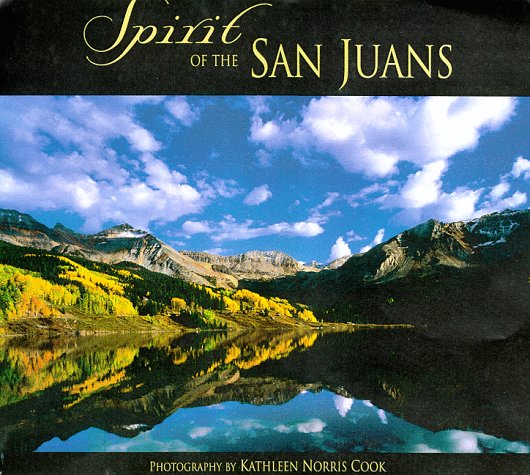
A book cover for Spirit of the San Juans; Kathleen Norris Cook; Travel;